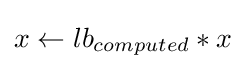
x\leftarrow lb_{computed}*x